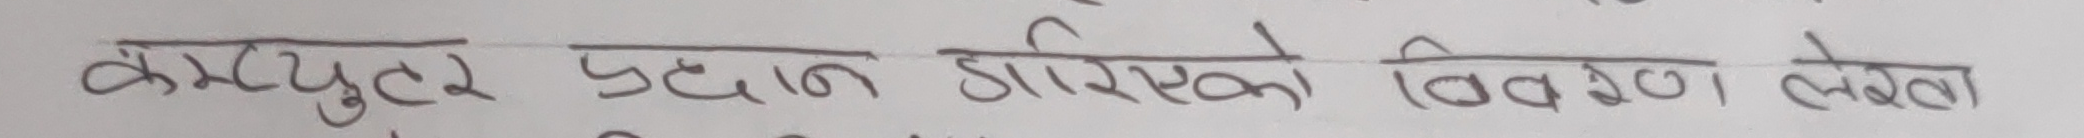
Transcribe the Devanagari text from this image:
कम्प्युटर प्रदान गरिएको विवरण लेखा